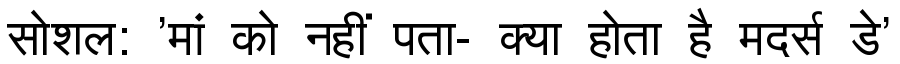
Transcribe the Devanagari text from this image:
सोशल: 'मां को नहीं पता- क्या होता है मदर्स डे'